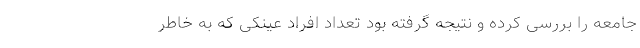
جامعه را بررسی کرده و نتیجه گرفته بود تعداد افراد عینکی که به خاطر